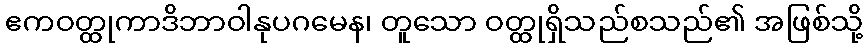
ဧကဝတ္ထုကာဒိဘာဝါနုပဂမေန၊ တူသော ဝတ္ထုရှိသည်စသည်၏ အဖြစ်သို့